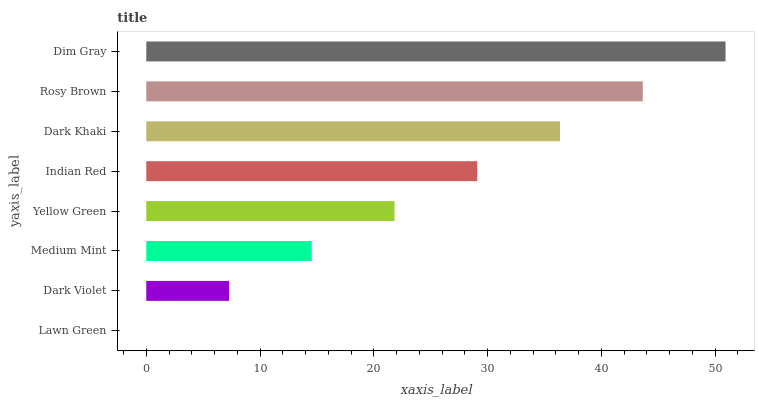
| yaxis_label | bars |
 | --- | --- |
 | Lawn Green | 0 |
 | Dark Violet | 7.27 |
 | Medium Mint | 14.5 |
 | Yellow Green | 21.8 |
 | Indian Red | 29.1 |
 | Dark Khaki | 36.4 |
 | Rosy Brown | 43.6 |
 | Dim Gray | 50.9 |